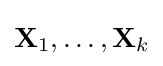
\mathbf {X} _{1},\ldots ,\mathbf {X} _{k}